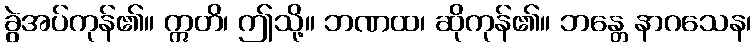
ခွဲအပ်ကုန်၏။ ဣတိ၊ ဤသို့။ ဘဏထ၊ ဆိုကုန်၏။ ဘန္တေ နာဂသေန၊